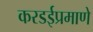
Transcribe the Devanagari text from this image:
करडईप्रमाणे